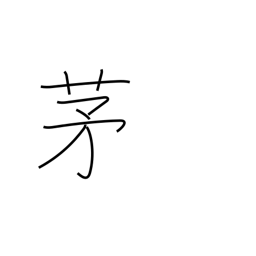
Meaning: miscanthus reed